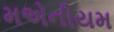
મએનીયમ